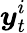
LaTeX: \boldsymbol y_{t}^{i}